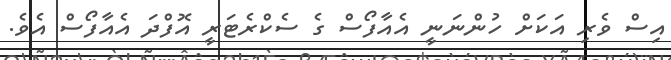
އިސް ވެރި އަކަށް ހުންނަނީ އެއާފޯސް ގެ ސެކްރެޓަރީ އޮފްދަ އެއާފޯސް އެވެ.